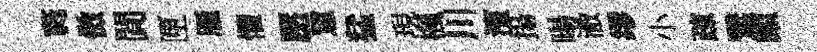
蕤傚閴匣雁懼壓罳猛現楓川濱揚暘澈缪小疎鷖頗